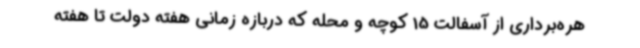
هره‌برداری از آسفالت 15 کوچه و محله که دربازه زمانی هفته دولت تا هفته